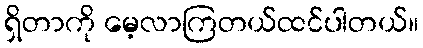
ရှိတာကို မေ့လာကြတယ်ထင်ပါတယ်။